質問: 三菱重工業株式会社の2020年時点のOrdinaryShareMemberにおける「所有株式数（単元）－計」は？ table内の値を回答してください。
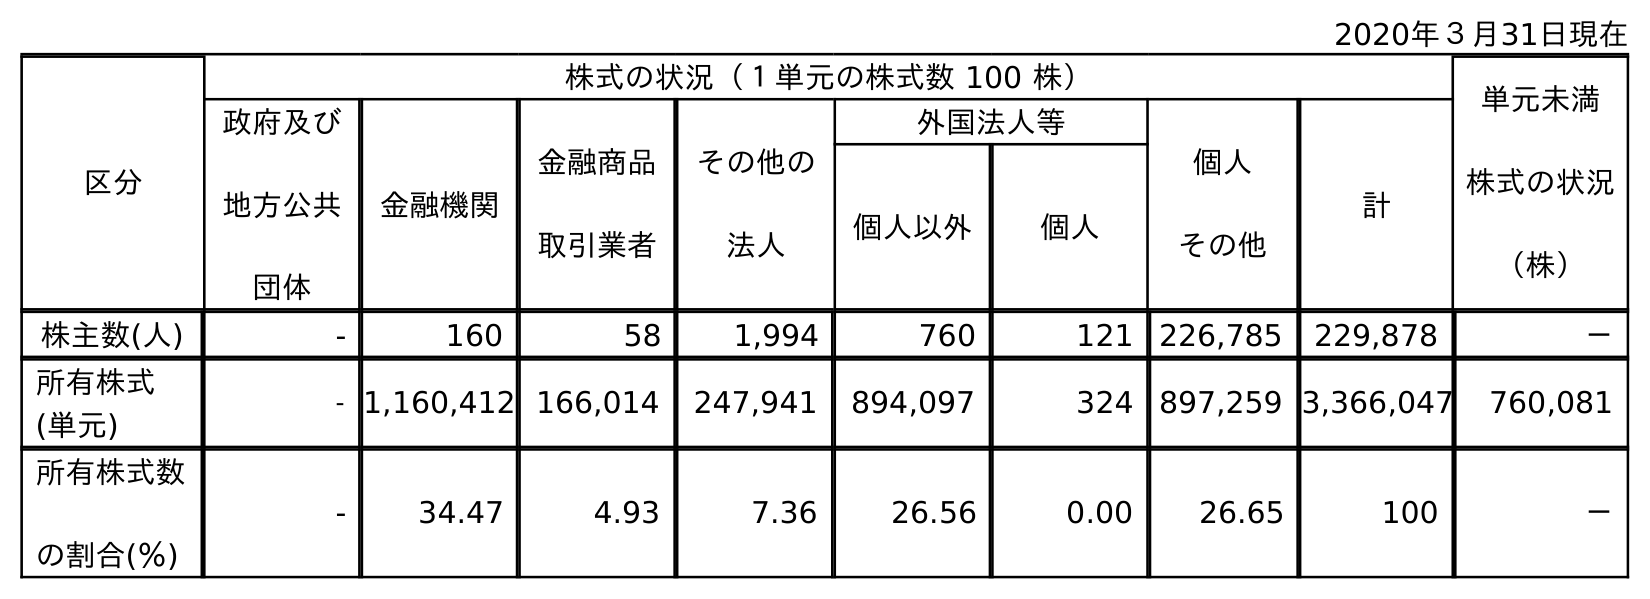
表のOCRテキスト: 2020年３月31日現在 区分 株式の状況（１単元の株式数 100 株） 単元未満 株式の状況 （株） 政府及び 地方公共 団体 金融機関 金融商品 取引業者 その他の 法人 外国法人等 個人 その他 計 個人以外 個人 株主数(人) - 160 58 1,994 760 121 226,785 229,878 － 所有株式 (単元) - 1,160,412 166,014 247,941 894,097 324 897,259 3,366,047 760,081 所有株式数 の割合(％) - 34.47 4.93 7.36 26.56 0.00 26.65 100 －
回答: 3,366,047